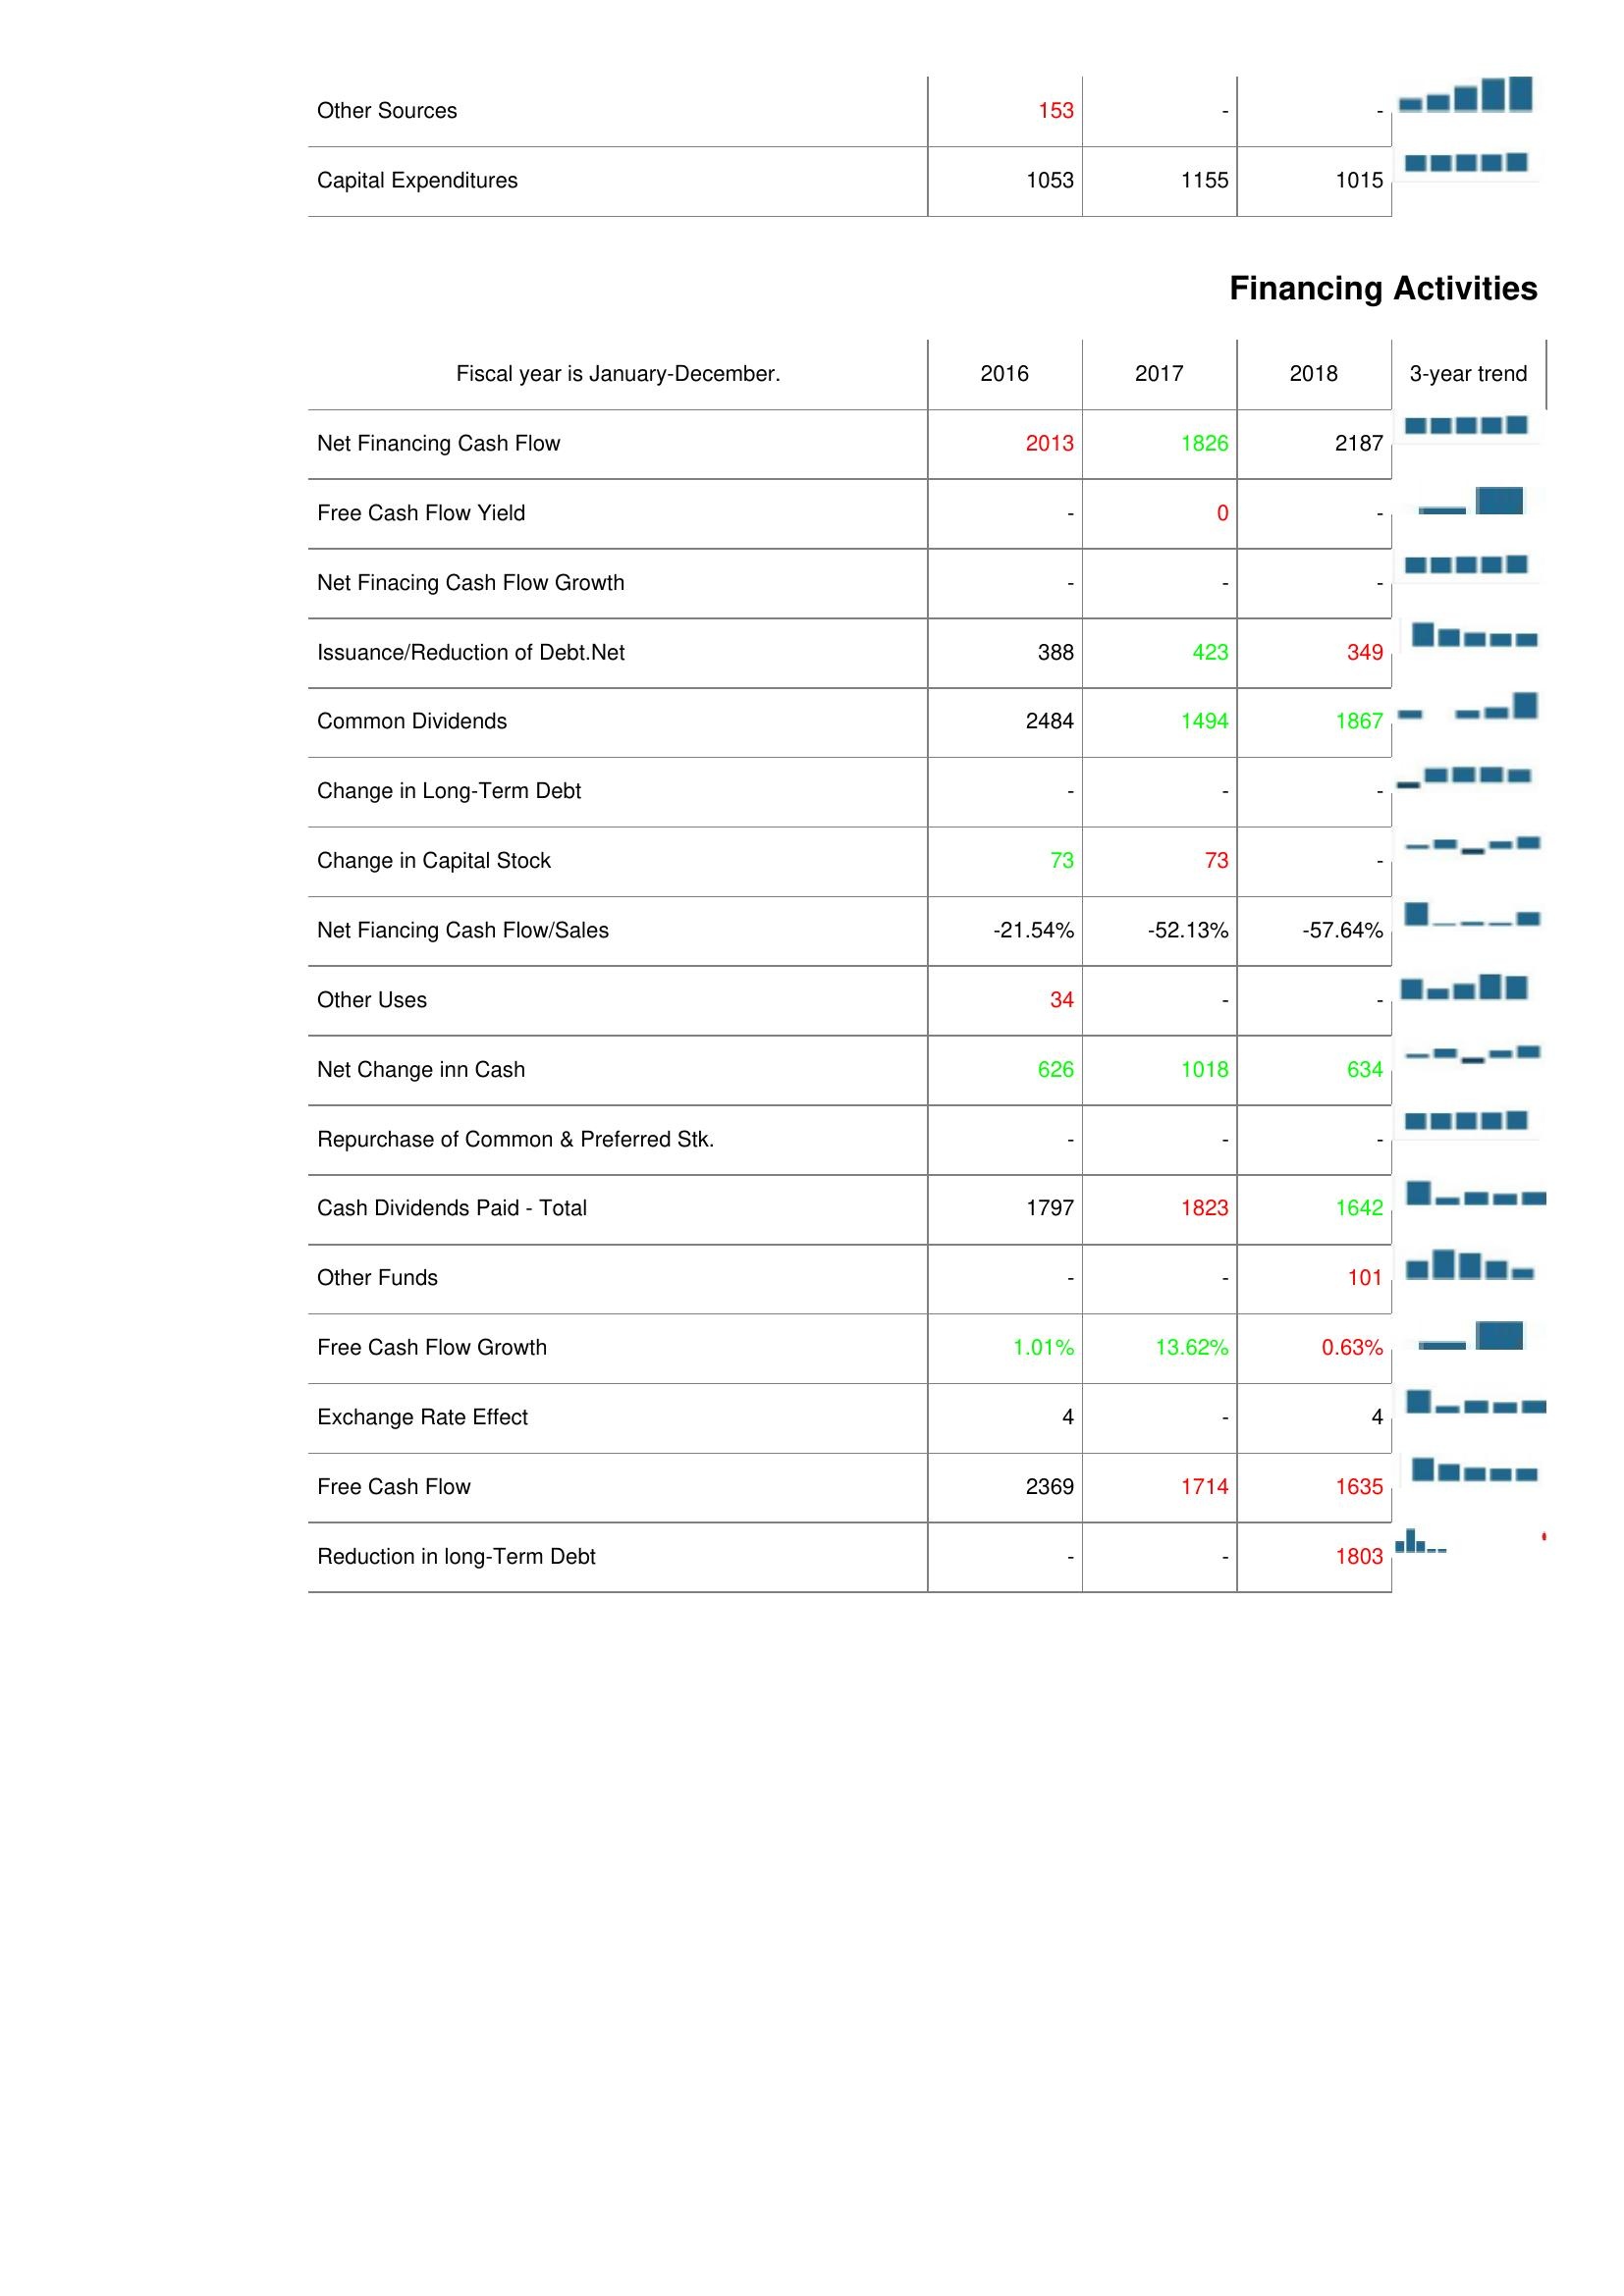
2016: Investing Activities: Other Sources: 153
Capital Expenditures: 1053
Financing Activities: Net Financing Cash Flow: 2013
Free Cash Flow Yield: -
Net Finacing Cash Flow Growth: -
Issuance/Reduction of Debt.Net: 388
Common Dividends: 2484
Change in Long-Term Debt: -
Change in Capital Stock: 73
Net Fiancing Cash Flow/Sales: -21.54%
Other Uses: 34
Net Change inn Cash: 626
Repurchase of Common & Preferred Stk.: -
Cash Dividends Paid - Total: 1797
Other Funds: -
Free Cash Flow Growth: 1.01%
Exchange Rate Effect: 4
Free Cash Flow: 2369
Reduction in long-Term Debt: -
2017: Investing Activities: Other Sources: -
Capital Expenditures: 1155
Financing Activities: Net Financing Cash Flow: 1826
Free Cash Flow Yield: 0
Net Finacing Cash Flow Growth: -
Issuance/Reduction of Debt.Net: 423
Common Dividends: 1494
Change in Long-Term Debt: -
Change in Capital Stock: 73
Net Fiancing Cash Flow/Sales: -52.13%
Other Uses: -
Net Change inn Cash: 1018
Repurchase of Common & Preferred Stk.: -
Cash Dividends Paid - Total: 1823
Other Funds: -
Free Cash Flow Growth: 13.62%
Exchange Rate Effect: -
Free Cash Flow: 1714
Reduction in long-Term Debt: -
2018: Investing Activities: Other Sources: -
Capital Expenditures: 1015
Financing Activities: Net Financing Cash Flow: 2187
Free Cash Flow Yield: -
Net Finacing Cash Flow Growth: -
Issuance/Reduction of Debt.Net: 349
Common Dividends: 1867
Change in Long-Term Debt: -
Change in Capital Stock: -
Net Fiancing Cash Flow/Sales: -57.64%
Other Uses: -
Net Change inn Cash: 634
Repurchase of Common & Preferred Stk.: -
Cash Dividends Paid - Total: 1642
Other Funds: 101
Free Cash Flow Growth: 0.63%
Exchange Rate Effect: 4
Free Cash Flow: 1635
Reduction in long-Term Debt: 1803